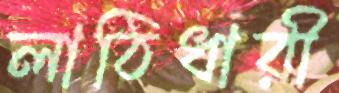
লাঠিধারী